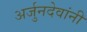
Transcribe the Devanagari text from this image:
अर्जुनदेवांनी